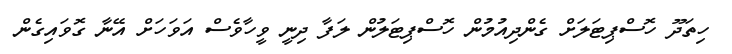
ހިތަދޫ ހޮސްޕިޓަލަށް ގެންދިއުމުން ހޮސްޕިޓަލުން ލަފާ ދިނީ ވީހާވެސް އަވަހަށް އޭނާ ގޮވައިގެން